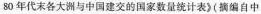
80年代末各大洲与中国建交的国家数量统计表》摘编自中